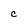
Character: C